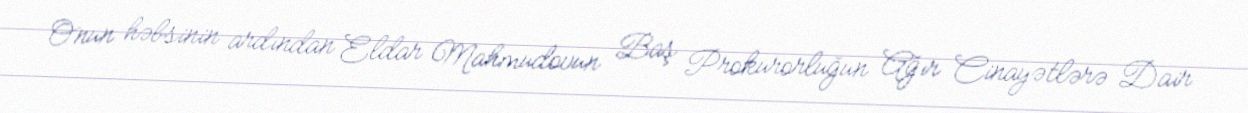
Onun həbsinin ardından Eldar Mahmudovun Baş Prokurorluğun Ağır Cinayətlərə Dair